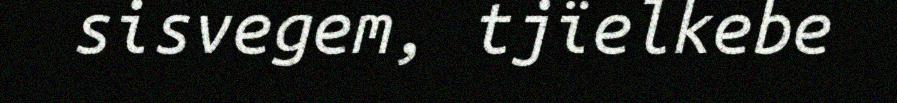
sisvegem, tjïelkebe